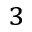
^ 3